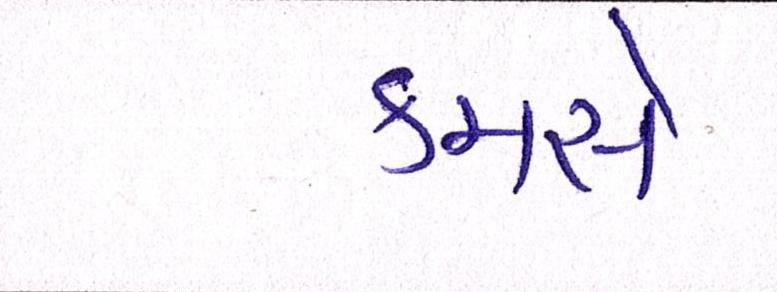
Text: કમસે